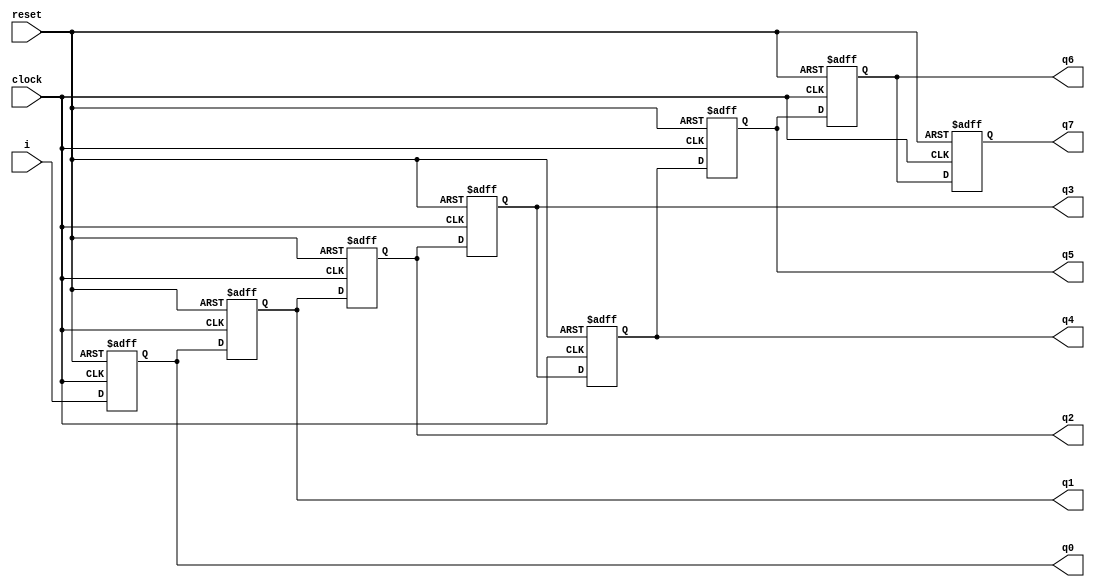
module Part6(clock,i,reset,q0,q1,q2,q3,q4,q5,q6,q7);
	wire d0,d1,d2,d3,d4,d5,d6,d7;
	input clock,i,reset;
	output reg q0,q1,q2,q3,q4,q5,q6,q7;
	
	assign d0=i;
	assign d1=q0;
	assign d2=q1;
	assign d3=q2;
	assign d4=q3;
	assign d5=q4;
	assign d6=q5;
	assign d7=q6;

	always@(posedge clock or negedge reset)
	begin
	if(reset == 0)
		begin
		q0 <= 0;
		q1 <= 0;
		q2 <= 0;	
		q3 <= 0;
		q4 <= 0;
		q5 <= 0;
		q6 <= 0;	
		q7 <= 0;
		end
	else
		begin
		q0 <= d0;
		q1 <= d1;
		q2 <= d2;	
		q3 <= d3;
		q4 <= d4;
		q5 <= d5;
		q6 <= d6;	
		q7 <= d7;
		end
	end
endmodule